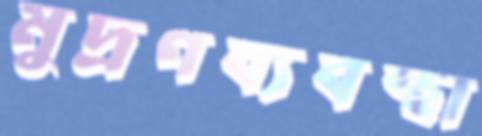
মুদ্রণব্যবস্থা